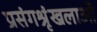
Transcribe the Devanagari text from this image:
प्रसंगश्रृंखलाओं